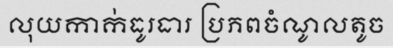
លុយកាក់ធូរធារ ប្រភពចំណូលតូច